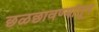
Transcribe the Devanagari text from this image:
छळछावण्यांतून